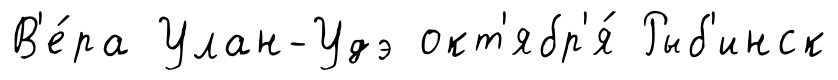
В'е́ра Улан-Удэ окт'ябр'я́ Рыб'инск